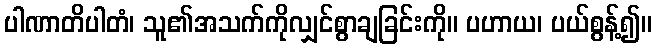
ပါဏာတိပါတံ၊ သူ၏အသက်ကိုလျှင်စွာချခြင်းကို။ ပဟာယ၊ ပယ်စွန့်၍။